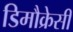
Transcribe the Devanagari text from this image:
डिमौक्रेसी